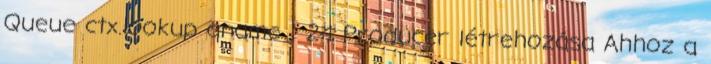
Queue ctx.lookup qname ; 24 Producer létrehozása Ahhoz a